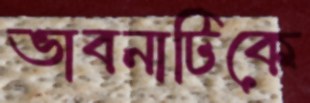
ভাবনাটিকে